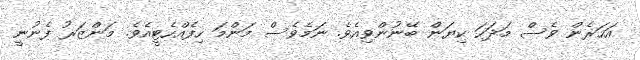
އަހަރެން ވެސް މަދަހަ ކިޔަން ބޭނުންވިއެވެ. ނަމެވެސް މަންމަ ހިފެއްހެޓީއެވެ. މަންޒަރު ފެނުނީ